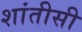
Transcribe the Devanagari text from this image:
शांतीसी